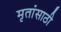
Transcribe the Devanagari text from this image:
मृतांसाठी